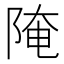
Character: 𨺍